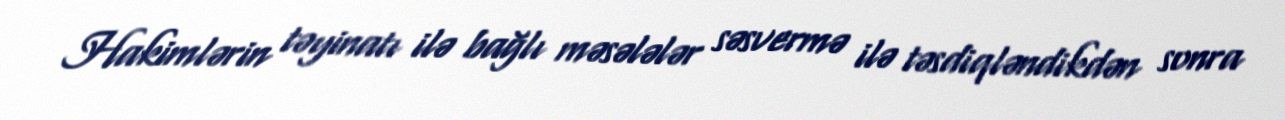
Hakimlərin təyinatı ilə bağlı məsələlər səsvermə ilə təsdiqləndikdən sonra